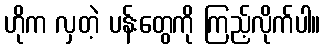
ဟိုက လှတဲ့ ပန်းတွေကို ကြည့်လိုက်ပါ။